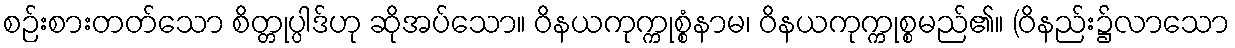
စဉ်းစားတတ်သော စိတ္တုပ္ပါဒ်ဟု ဆိုအပ်သော။ ဝိနယကုက္ကုစ္စံနာမ၊ ဝိနယကုက္ကုစ္စမည်၏။ (ဝိနည်း၌လာသော